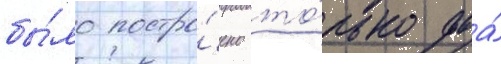
бы́ло постро́ено то́лько два́